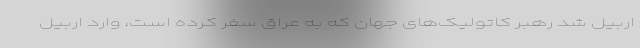
اربیل شد رهبر کاتولیک‌های جهان که به عراق سفر کرده است، وارد اربیل